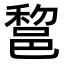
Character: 𨛫